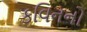
કવિનનો